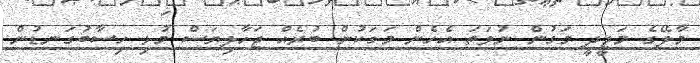
މާލޭގެ މަޖީދީ މަގުން ނުވަތަ އެހެން މަގަކުން ބުރެއް ޖަހާލިޔަސް މުޅި ހިސާބުގަނޑުން